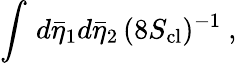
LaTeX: \int\, d{\bar{\eta}}_{1}d{\bar{\eta}}_{2}\, (8S_{\mathrm{cl}})^{-1}\ ,